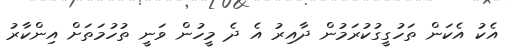
އެކު އެކަން ތަހުގީގުކުރަމުން ދާއިރު އެ ދެ މީހުން ވަނީ ތުހުމަތަށް އިންކާރު